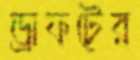
ড্রাফটের